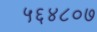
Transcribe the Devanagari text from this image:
५६४८०७